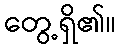
တွေ့ရှိ၏။